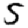
Digit: 5